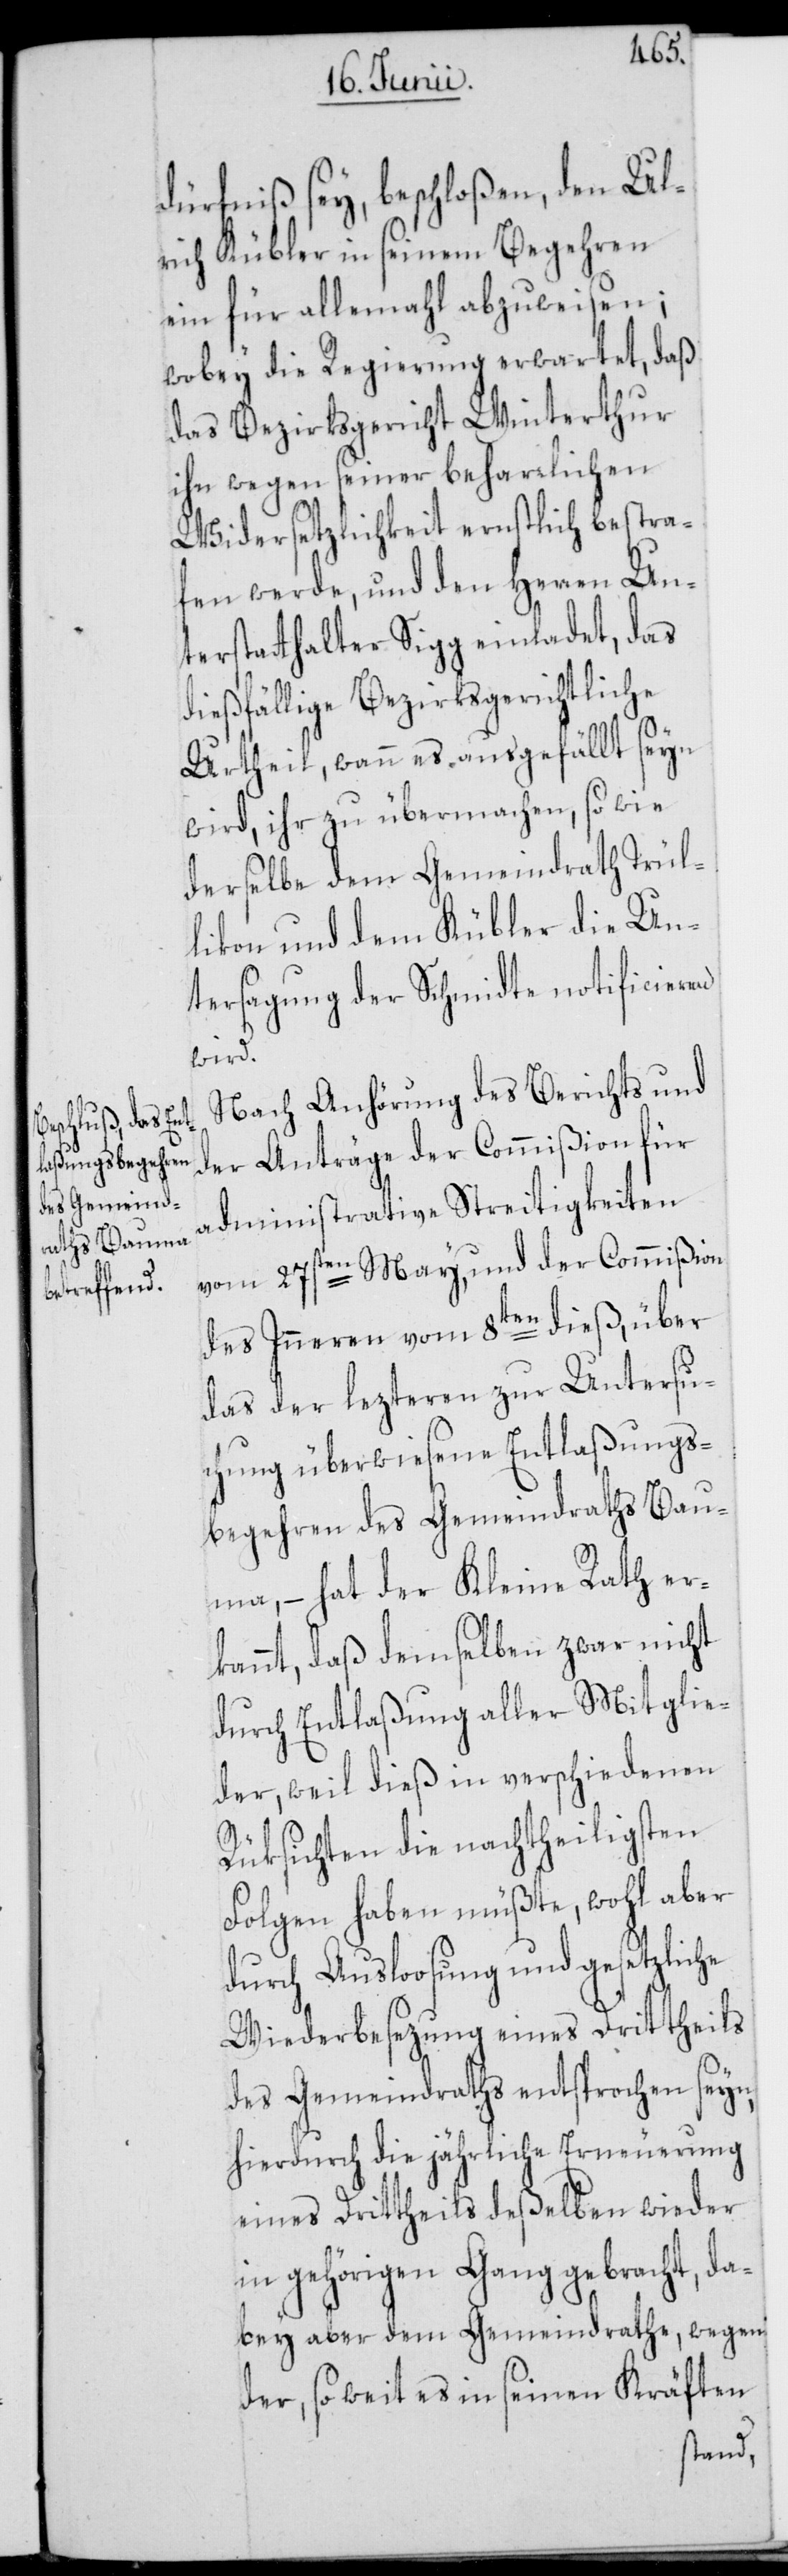
dürfniß sey, beschloßen, den Ul¬
rich Kübler in seinem Begehren
ein für allemahl abzuweisen;
wobey die Regierung erwartet, daß
das Bezirksgericht Winterthur
ihn wegen seiner beharrlichen
Widersetzlichkeit ernstlich bestra¬
fen werde, und den Herren Un¬
terstatthalter Sigg einladet, das
dießfällige Bezirksgerichtliche
Urtheil, wann es ausgefällt seyn
wird, ihr zu übermachen, so wie
derselbe dem Gemeindrath Trül¬
likon und dem Kübler die Un¬
tersagung der Schmidte notificieren
wird.
Nach Anhörung des Berichts und
der Anträge der Commißion für
administrative Streitigkeiten
vom 27sten May, und der Commißion
des Inneren vom 8ten dieß, über
das der lezteren zur Untersu¬
chung überwiesene Entlaßungs¬
begehren des Gemeindraths Bau¬
ma, – hat der Kleine Rath er¬
kannt, daß demselben zwar nicht
durch Entlaßung aller Mitglie¬
der, weil dieß in verschiedenen
Rüksichten die nachtheiligsten
Folgen haben müßte, wohl aber
durch Ausloosung und gesetzliche
Wiederbesezung eines Drittheils
des Gemeindraths entsprochen seyn,
hierdurch die jährliche Erneuerung
eines Drittheils deßelben wieder
in gehörigen Gang gebracht, da¬
bey aber dem Gemeindrathe, wegen
der, so weit es in seinen Kräften